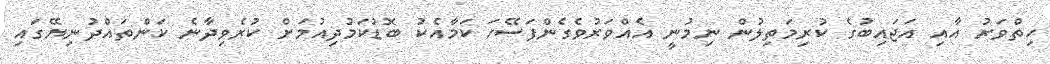
ހިތްވަރު އާއި އަޖައިބުގެ ކުރިމަތިލުން ނިމުނީ އެއްވަރުވެގެންފަސޭހަ ކަމާއެކު ބޮޑުކަމުދިއުމަށް ކުރެވިދާނެ ކަންތައްދުނިޔޭގައި